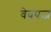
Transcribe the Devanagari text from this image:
वेबपज